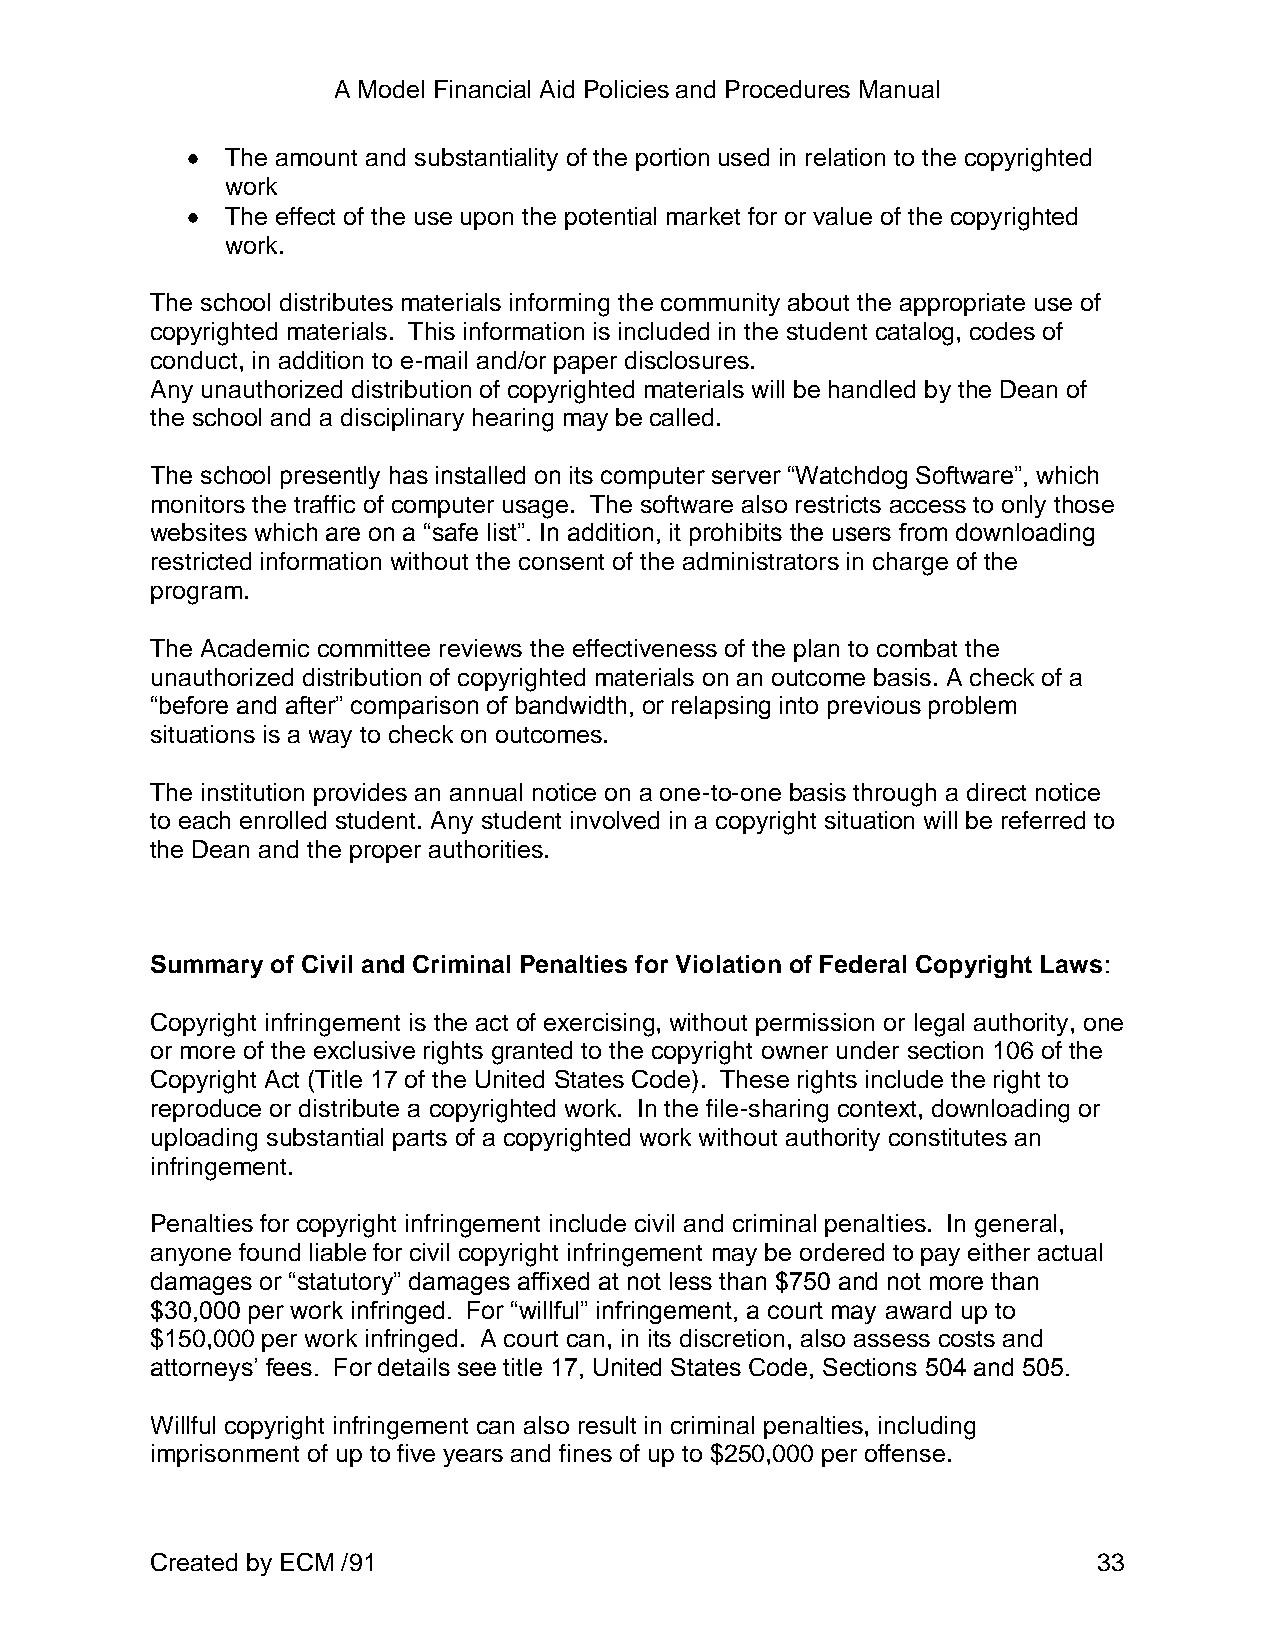
A Model Financial Aid Policies and Procedures Manual
 The amount and substantiality of the portion used in relation to the copyrighted
 work
 The effect of the use upon the potential market for or value of the copyrighted
 work.
 The school distributes materials informing the community about the appropriate use of
 copyrighted materials. This information is included in the student catalog, codes of
 conduct, in addition to e-mail and/or paper disclosures.
 Any unauthorized distribution of copyrighted materials will be handled by the Dean of
 the school and a disciplinary hearing may be called.
 The school presently has installed on its computer server “Watchdog Software”, which
 monitors the traffic of computer usage. The software also restricts access to only those
 websites which are on a “safe list”. In addition, it prohibits the users from downloading
 restricted information without the consent of the administrators in charge of the
 program.
 The Academic committee reviews the effectiveness of the plan to combat the
 unauthorized distribution of copyrighted materials on an outcome basis. A check of a
 “before and after” comparison of bandwidth, or relapsing into previous problem
 situations is a way to check on outcomes.
 The institution provides an annual notice on a one-to-one basis through a direct notice
 to each enrolled student. Any student involved in a copyright situation will be referred to
 the Dean and the proper authorities.
 Summary of Civil and Criminal Penalties for Violation of Federal Copyright Laws:
 Copyright infringement is the act of exercising, without permission or legal authority, one
 or more of the exclusive rights granted to the copyright owner under section 106 of the
 Copyright Act (Title 17 of the United States Code). These rights include the right to
 reproduce or distribute a copyrighted work. In the file-sharing context, downloading or
 uploading substantial parts of a copyrighted work without authority constitutes an
 infringement.
 Penalties for copyright infringement include civil and criminal penalties. In general,
 anyone found liable for civil copyright infringement may be ordered to pay either actual
 damages or “statutory” damages affixed at not less than $750 and not more than
 $30,000 per work infringed. For “willful” infringement, a court may award up to
 $150,000 per work infringed. A court can, in its discretion, also assess costs and
 attorneys’ fees. For details see title 17, United States Code, Sections 504 and 505.
 Willful copyright infringement can also result in criminal penalties, including
 imprisonment of up to five years and fines of up to $250,000 per offense.
 Created by ECM /91                                             33